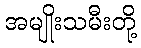
အမျိုးသမီးတို့